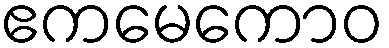
ဧကမေကောဝ